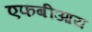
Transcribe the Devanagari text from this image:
एफबीआय